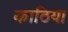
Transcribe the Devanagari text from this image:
काठिया